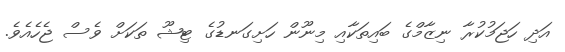
އަދި ހަޖަމުކުރާ ނިޒާމްގެ ބައިތަކާއި މިނޫން ހަށިގަނޑުގެ ޓިޝޫ ތަކަށް ވެސް ޖެހެއެވެ.